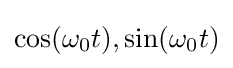
\cos(\omega _{0}t),\sin(\omega _{0}t)